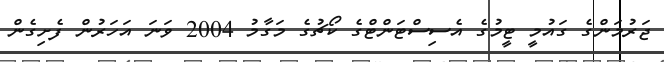
ޖަރުމަންގެ ގައުމީ ޓީމުގެ އެސިސްޓަންޓްގެ ކޯޗުގެ މަގާމު 2004 ވަނަ އަަހަރުން ފެށިގެން